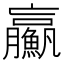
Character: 𩼊